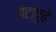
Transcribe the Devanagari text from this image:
गटापुढे